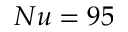
N u = 9 5